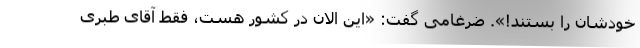
خودشان را بستند!». ضرغامی گفت: «این الان در کشور هست، فقط آقای طبری